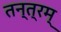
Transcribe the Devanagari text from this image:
तन्त्रम्